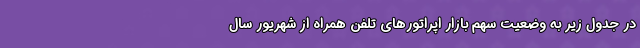
در جدول زیر به وضعیت سهم بازار اپراتورهای تلفن همراه از شهریور سال